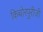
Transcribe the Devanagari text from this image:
किच्चोरपुरीजी